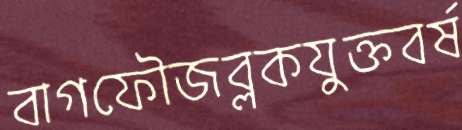
বাগফৌজব্লকযুক্তবর্ষ